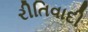
રીતિવાદી